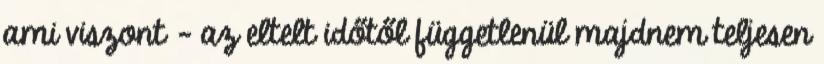
ami viszont – az eltelt időtől függetlenül majdnem teljesen